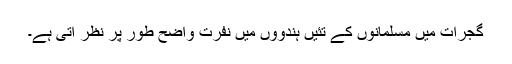
گجرات میں مسلمانوں کے تئیں ہندوؤں میں نفرت واضح طور پر نظر آتی ہے۔